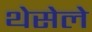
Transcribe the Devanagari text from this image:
थेसेले